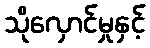
သိုလှောင်မှုနှင့်